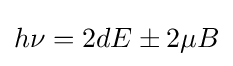
h\nu =2dE\pm 2\mu B